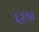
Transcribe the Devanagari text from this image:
६४९०